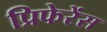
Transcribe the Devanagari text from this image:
प्रिफेरेंस